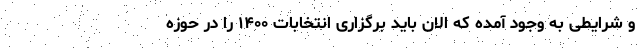
و شرایطی به وجود آمده که الان باید برگزاری انتخابات ۱۴۰۰ را در حوزه